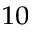
^ { 1 0 }